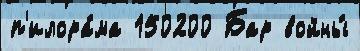
п'илора́ма 150200 Бар войны́